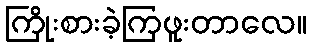
ကြိုးစားခဲ့ကြဖူးတာလေ။